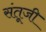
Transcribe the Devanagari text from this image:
संतूजी